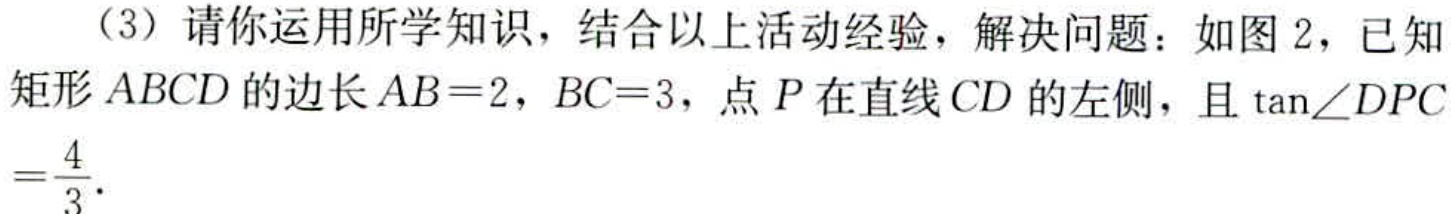
（3）请你运用所学知识，结合以上活动经验，解决问题：如图 2，已知矩形 \(ABCD\) 的边长 \(AB = 2\)，\(BC = 3\)，点 \(P\) 在直线 \(CD\) 的左侧，且 \(\tan\angle DPC=\frac{4}{3}\).